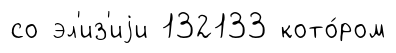
со эл'из'иjи 132133 кото́ром